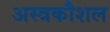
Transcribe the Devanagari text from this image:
अस्त्रकौशल